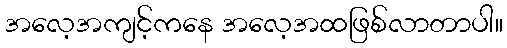
အလေ့အကျင့်ကနေ အလေ့အထဖြစ်လာတာပါ။